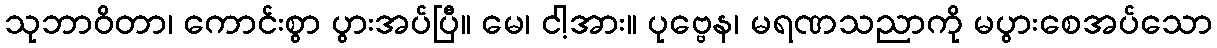
သုဘာဝိတာ၊ ကောင်းစွာ ပွားအပ်ပြီ။ မေ၊ ငါ့အား။ ပုဗ္ဗေန၊ မရဏသညာကို မပွားစေအပ်သော